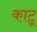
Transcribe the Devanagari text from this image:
काटू